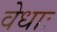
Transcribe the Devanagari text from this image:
वेधाः